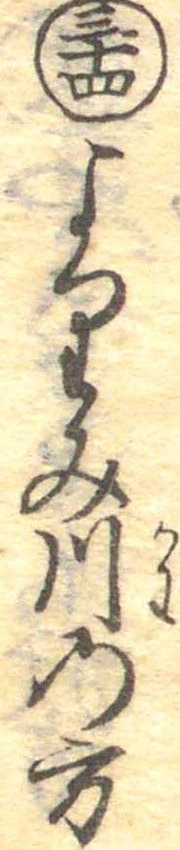
三十四よりみ川の方